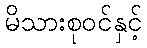
မိသားစုဝင်နှင့်